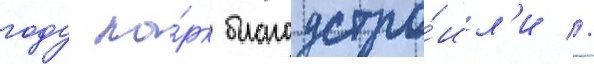
году па́рк благоустро́ил'и //